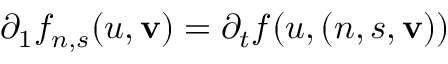
\partial _ { 1 } f _ { n , s } ( u , \mathbf { v } ) = \partial _ { t } f ( u , ( n , s , \mathbf { v } ) )